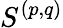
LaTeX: S^{(p,q)}